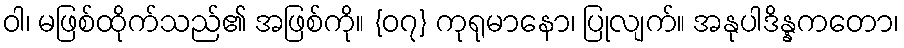
ဝါ၊ မဖြစ်ထိုက်သည်၏ အဖြစ်ကို။ {၀၇} ကုရုမာနော၊ ပြုလျက်။ အနုပါဒိန္နကတော၊